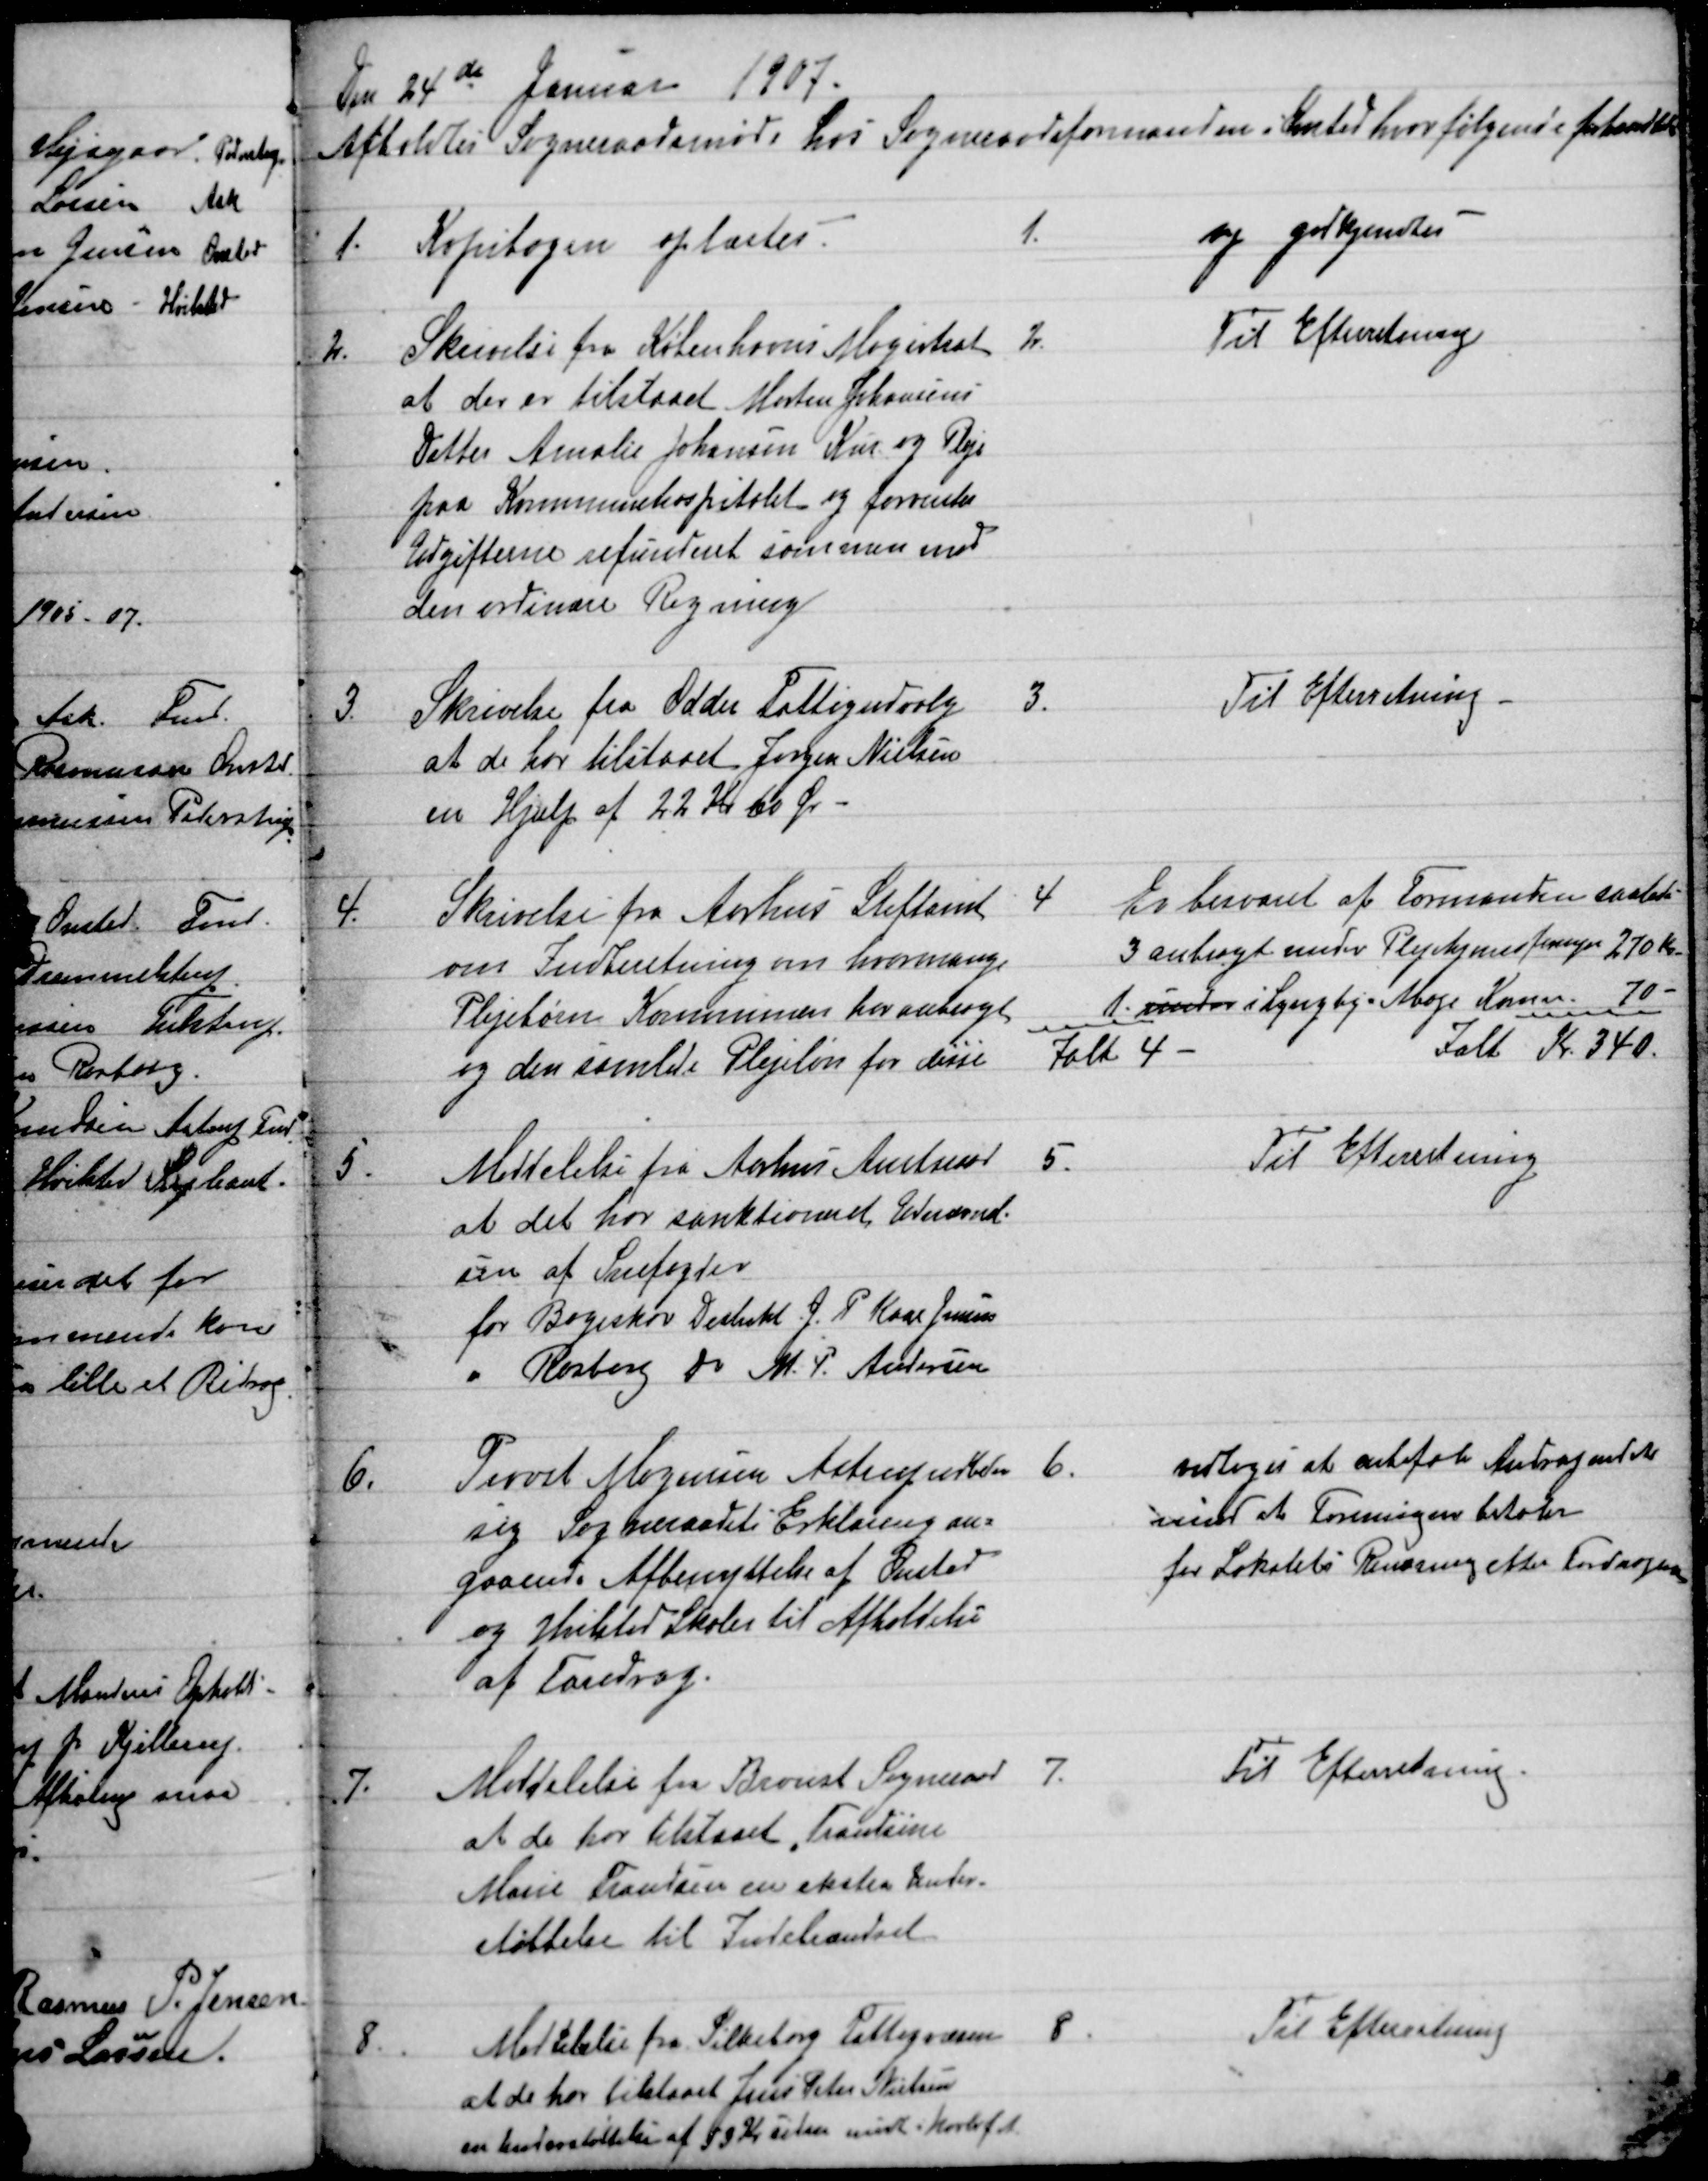
Transskription:
Den 24de Januar 1907.
Afholdtes Sogneraadsmøde hos Sogneraadsformanden i Onsted hvor følgende forhandledes
1.
 Kopibogen oplæstes. 
1.
og godkendtes
2.
Skrivelse fra Københavns Magistrat
at der er tilstaaet Morten Johansens
Datter Amalie Johansen Kur og Pleje
paa Kommunehospitalet og forventer
Udgifterne refunderet sammen med
den ordinære Regning
2.
Til Efterretning
3.
Skrivelse fra Odder Fattigudvalg
at de har tilstaaet Jørgen Nielsen
en Hjælp af 22 Kr 60 Ør
3.
Til Efterretning.
4.
Skrivelse fra Aarhus Stiftamt
om Indberetning om hvormange
Plejebørn Kommunen har anbragt
og den samlede Plejeløn for disse.
4
Er besvaret af Formanden saaledes
3 anbragt under Plejehjemsforeningen 270 Kr.
1. under i Lyngby-Albøge Komm. 70 
Ialt 4 
Ialt Kr. 340.
5.
Meddelelse fra Aarhus Amtsraad
at det har sanktioneret Udnævnel-
sen af Snefogder
for Bøgeskov Distrikt J. P. Kaae Jensen
Rasborg Do M. P. Andersen
5.
Til Efterretning
6.
Provst Mogensen Astrup udbeder
sig Sogneraadets Erklæring an=
gaaende Afbenyttelse af Onsted
og Hvilsted Skoler til Afholdelse
af Foredrag.
6.
vedtoges at anbefale Andragendet
imd at Foreningen betaler
for Lokalets Rensning efter Fordragene
7.
Meddelelse fra Brovst Sogneraad 
at de har tilstaaet Frandsine
Marie Frandsen en ekstra Under
støttelse til Indebrændsel
7.
Til Efterretning.
8.
Meddelelse fra Silkeborg Fattigvæsen
at de har tilstaaet Jens Peter Nielsen
en Understøttelse af 13 Kr siden midt i Novbr f.A
8.
Til Efterretning